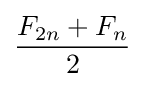
{F_{2n}+F_{n}} \over 2